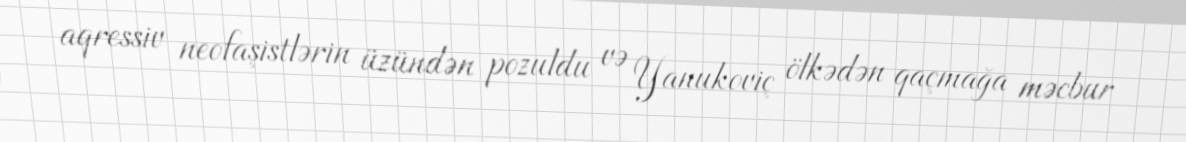
aqressiv neofaşistlərin üzündən pozuldu və Yanukoviç ölkədən qaçmağa məcbur